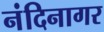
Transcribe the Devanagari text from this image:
नंदिनागर